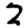
Digit: 2